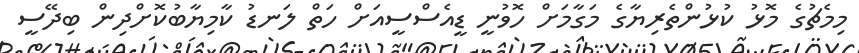
މިމެޗުގެ މޮޅު ކުޅުންތެރިޔާގެ މަގާމަށް ހޮވުނީ ޑީއެސްސީއަށް ހަތް ލަނޑު ކާމިޔާބުކޮށްދިން ބިދޭސީ